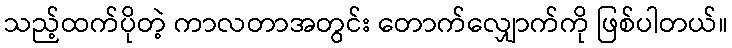
သည့်ထက်ပိုတဲ့ ကာလတာအတွင်း တောက်လျှောက်ကို ဖြစ်ပါတယ်။